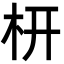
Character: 枅